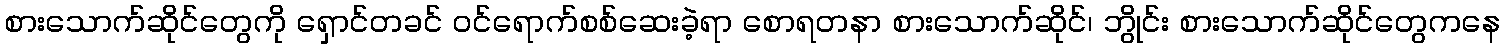
စားသောက်ဆိုင်တွေကို ရှောင်တခင် ဝင်ရောက်စစ်ဆေးခဲ့ရာ စောရတနာ စားသောက်ဆိုင်၊ ဘွိုင်း စားသောက်ဆိုင်တွေကနေ